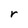
Character: r